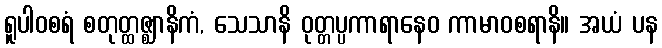
ရူပါဝစရံ စတုတ္ထဇ္ဈာနိကံ, သေသာနိ ဝုတ္တပ္ပကာရာနေဝ ကာမာဝစရာနိ။ အယံ ပန